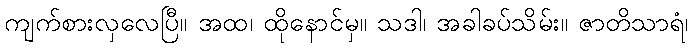
ကျက်စားလှလေပြီ။ အထ၊ ထိုနောင်မှ။ သဒါ၊ အခါခပ်သိမ်း။ ဇာတိသာရံ၊